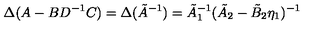
\Delta ( A - B D ^ { - 1 } C ) = \Delta ( \tilde { A } ^ { - 1 } ) = \tilde { A } _ { 1 } ^ { - 1 } ( \tilde { A } _ { 2 } - \tilde { B } _ { 2 } \eta _ { 1 } ) ^ { - 1 }